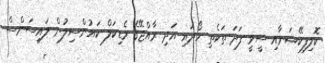
ކޮލިފިކޭޝަނާއި ސީވީ ފަދަ ތަކެތި ހޯދައި އަދި ރާއްޖޭގެ މެޑިކަލް ކައުންސިލުން ލައިސަންސް